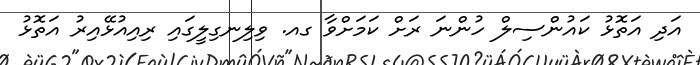
އަދި އަތޮޅު ކައުންސިލް ހުންނަ ރަށް ކަމަށްވާ ގއ. ވިލިނގިލީގައި ރިއިއުޅޭއިރު އަތޮޅު